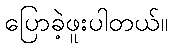
ပြောခဲ့ဖူးပါတယ်။